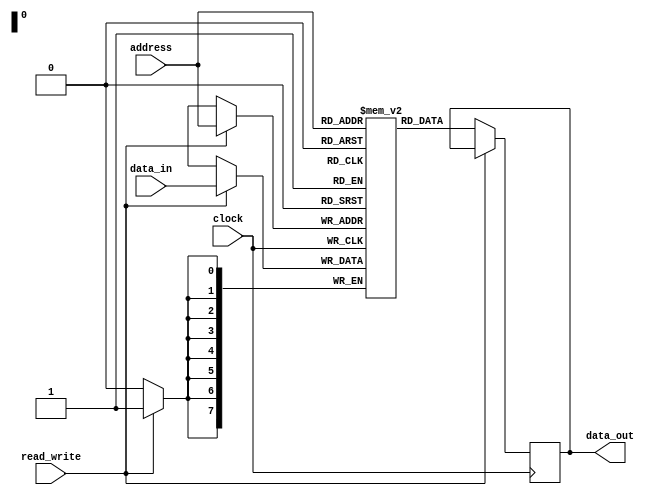
module eeprom (
    input wire [7:0] address,
    input wire [7:0] data_in,
    input wire read_write,
    input wire clock,
    output reg [7:0] data_out
);

reg [7:0] memory [0:255];

always @ (posedge clock) begin
    if (read_write) begin // Write operation
        memory[address] <= data_in;
    end else begin // Read operation
        data_out <= memory[address];
    end
end

endmodule